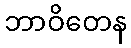
ဘာဝိတေန